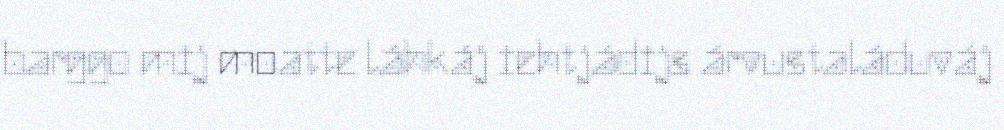
barggo mij moatte láhkáj iehtjádijs árvustaláduváj